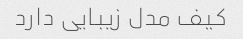
کیف مدل زیبایی دارد